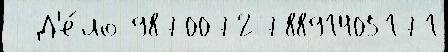
  Д'е́ло 987007278891405171